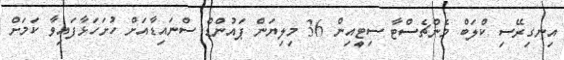
އިނގިރޭސި ކްލަބް މެންޗެސްޓާ ސިޓީއިން 36 މިލިޔަން ޕައުންޑް ސްނައިޑާއަށް ހުށަހަޅާފައިވާ ކަމަށް